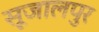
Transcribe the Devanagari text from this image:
सूजालपुर